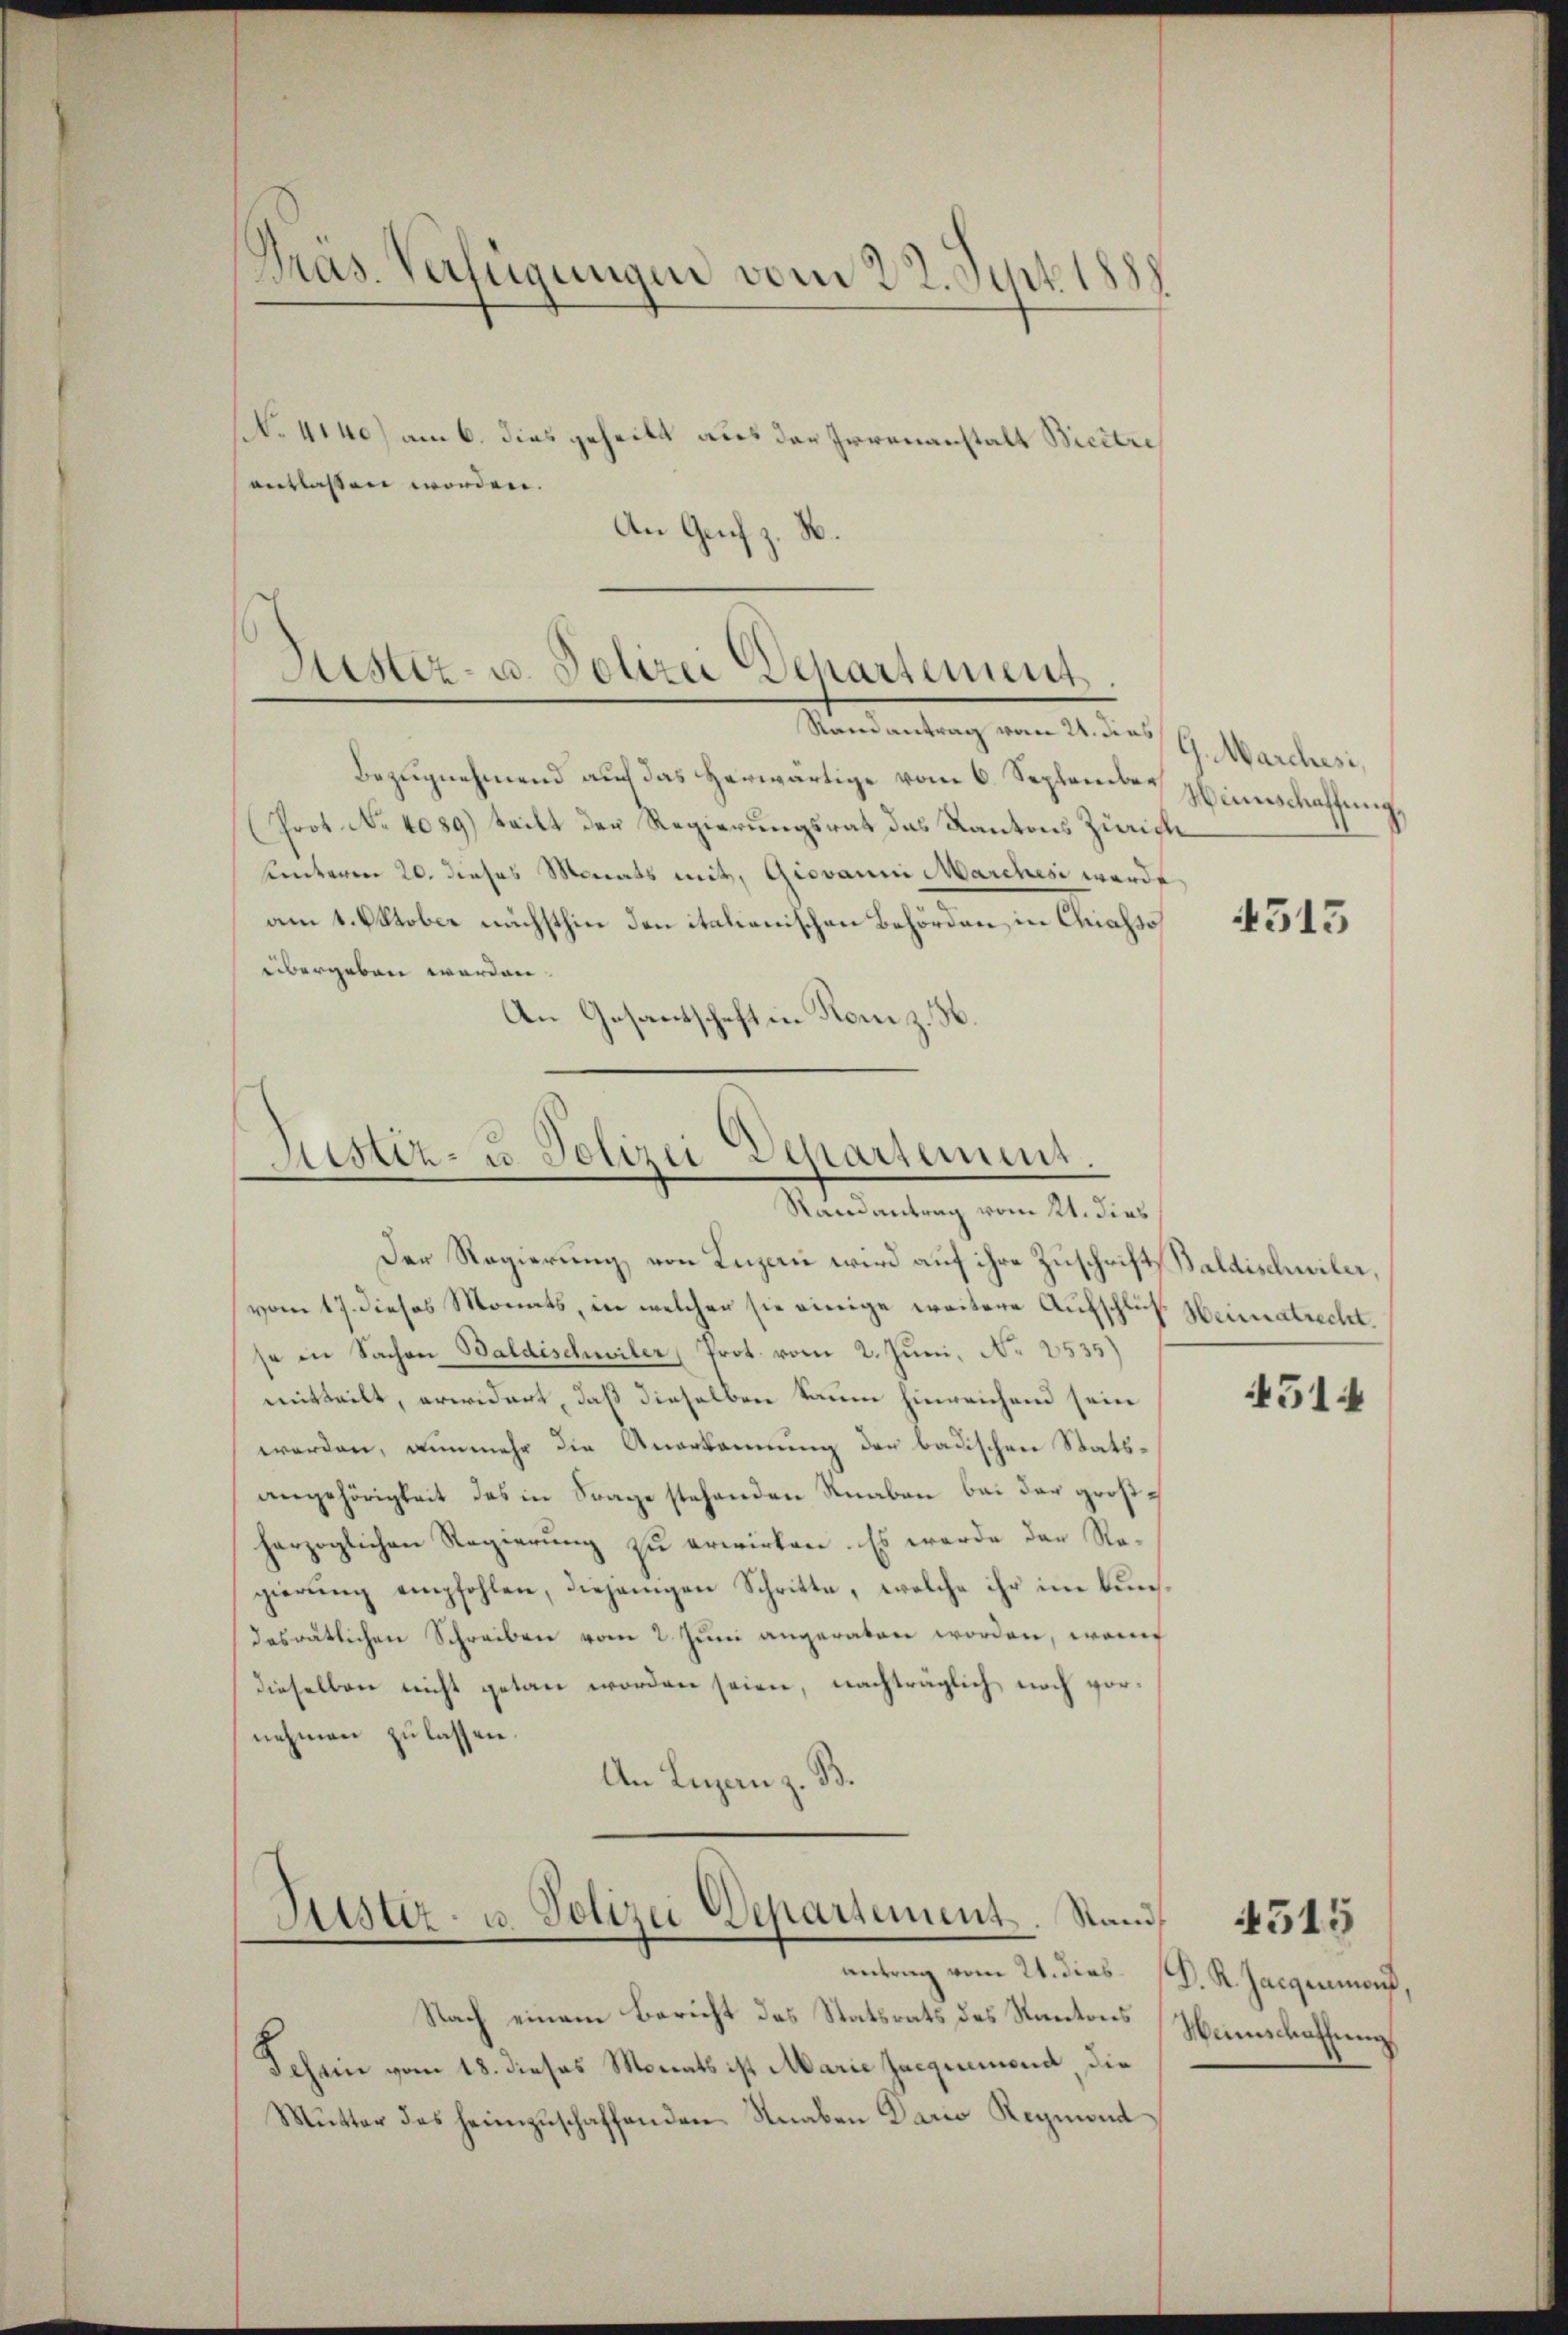
Pras. Verfügungen vom 22. Sentel

No 4140) am 6. dies geheilt aus der Irrenanstalt Bicitre
entlassen worden.
An Graf z. B.

Lister- u. Polizei Departement

Sistiz- u. Polizei Departement.
.
Randantrag vom 21. dies

Randantrag vom 21. dies G. Marchesi,
Bezugnehmend auch das Herwärtige vom 6. September
Prot. No 4089) teilt der Regierungsrat das Kantons Zürich
Unteren 20. dieses Monats mit, Giovanni Marches wardt
am 1. Oktober nächsthin den italienischen Behörden in Chiasso
übergeben worden.
An Gesantschaft in Rom z. B

Der Regierung von Luzern wird auf ihre Zuschrift Baldischwiler,
vom 17. dieses Monats, in welcher sie einige weitere Aufschluß Heimatrecht.
se in Sachen Baldischwiler, Prot. vom 2. Juni, No 2535)
mitteilt, erwidert, daß dieselben kaum hinreichend sein
werden, nunmehr die Anerkennung der badischen Statsangehörigkeit das in Frage stehenden Knaben bei der großherzoglichen Regierung zu erwirken. Es werde der Regierŭng empfohlen, diejenigen Schritte, welche ihr im Bundasrätlichen Schreiben vom 2. Juni angeraten worden, wof
dieselben nicht getan worden seien, nachträglich noch vornehmen zu lassen.
An Lugan z. B.

Lister- u. Polizei Departement. Stand
antrag vom 21. dies

Nach einem Bericht des Statsrats des Kantons
Schwie vom 18. dieses Monats ist Marie Jacquemend, die
Mŭtter des heimzuschaffenden Knaben Dario Reymond

Weinschaffung,

4515

45144

D.R. Zacgenmord,
Weinschaffung

4515